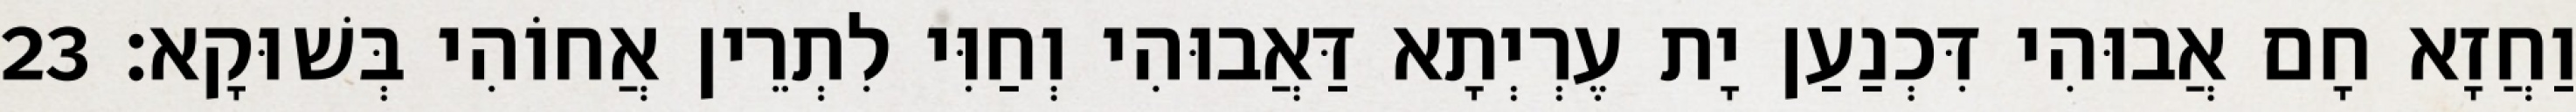
וַחֲזָא חָם אֲבוּהִי דִּכְנַעַן יָת עֶרְיְתָא דַּאֲבוּהִי וְחַוִּי לִתְרֵין אֲחוֹהִי בְּשׁוּקָא׃ 23